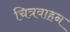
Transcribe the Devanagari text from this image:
चित्रवाहन